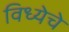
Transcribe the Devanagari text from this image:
विध्येचे